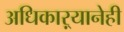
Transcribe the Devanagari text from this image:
अधिकाऱ्यानेही